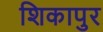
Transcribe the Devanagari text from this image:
शिकापुर